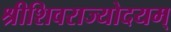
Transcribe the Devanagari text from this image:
श्रीशिवराज्योदयम्